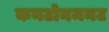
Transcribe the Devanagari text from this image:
कनटोनमनट